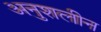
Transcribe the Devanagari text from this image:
अनुशलीन